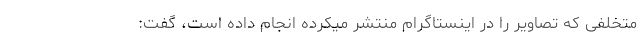
متخلفی که تصاویر را در اینستاگرام منتشر میکرده انجام داده است، گفت: